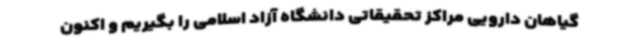
گیاهان دارویی مراکز تحقیقاتی دانشگاه آزاد اسلامی را بگیریم و اکنون